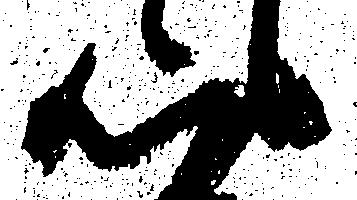
心